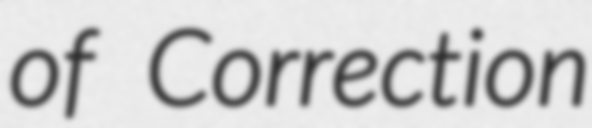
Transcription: of Correction